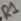
Text: R1